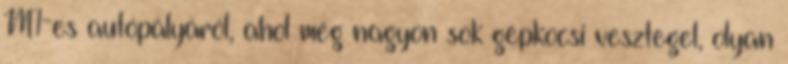
M1-es autópályáról, ahol még nagyon sok gépkocsi vesztegel, olyan